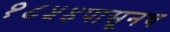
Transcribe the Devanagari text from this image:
१८५४पासूनच